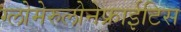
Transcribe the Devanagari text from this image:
ग्लोमेरुलोनेफ्राईटिस